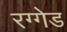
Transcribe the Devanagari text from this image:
रग्गेड